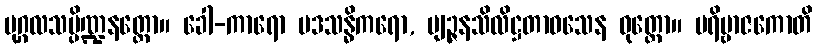
ပုဂ္ဂလသမ္ပိဏ္ဍနတ္ထော။ ခေါ-ကာရော ပဒသန္ဓိကရော, ဗျဉ္ဇနသိလိဋ္ဌတာဝသေန ဝုတ္တော။ ပရိဗ္ဗာဇကောတိ